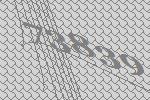
73839